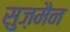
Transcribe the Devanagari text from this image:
सुज़मैन